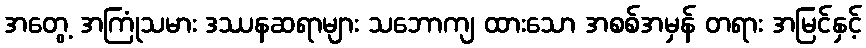
အတွေ့ အကြုံသမား ဒဿနဆရာများ သဘောကျ ထားသော အစစ်အမှန် တရား အမြင်နှင့်